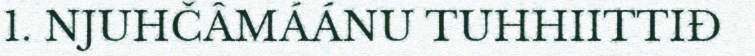
1. NJUHČÂMÁÁNU TUHHIITTIĐ